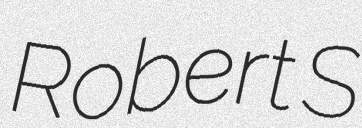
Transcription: Robert S